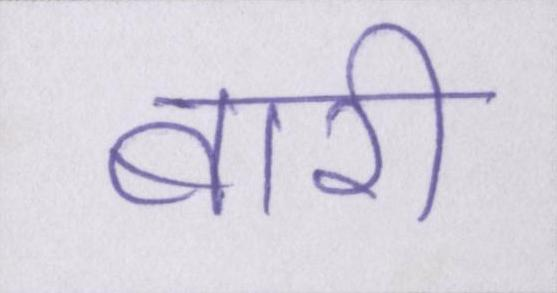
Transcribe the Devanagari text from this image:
बारी